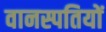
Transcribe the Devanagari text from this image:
वानस्पतियों